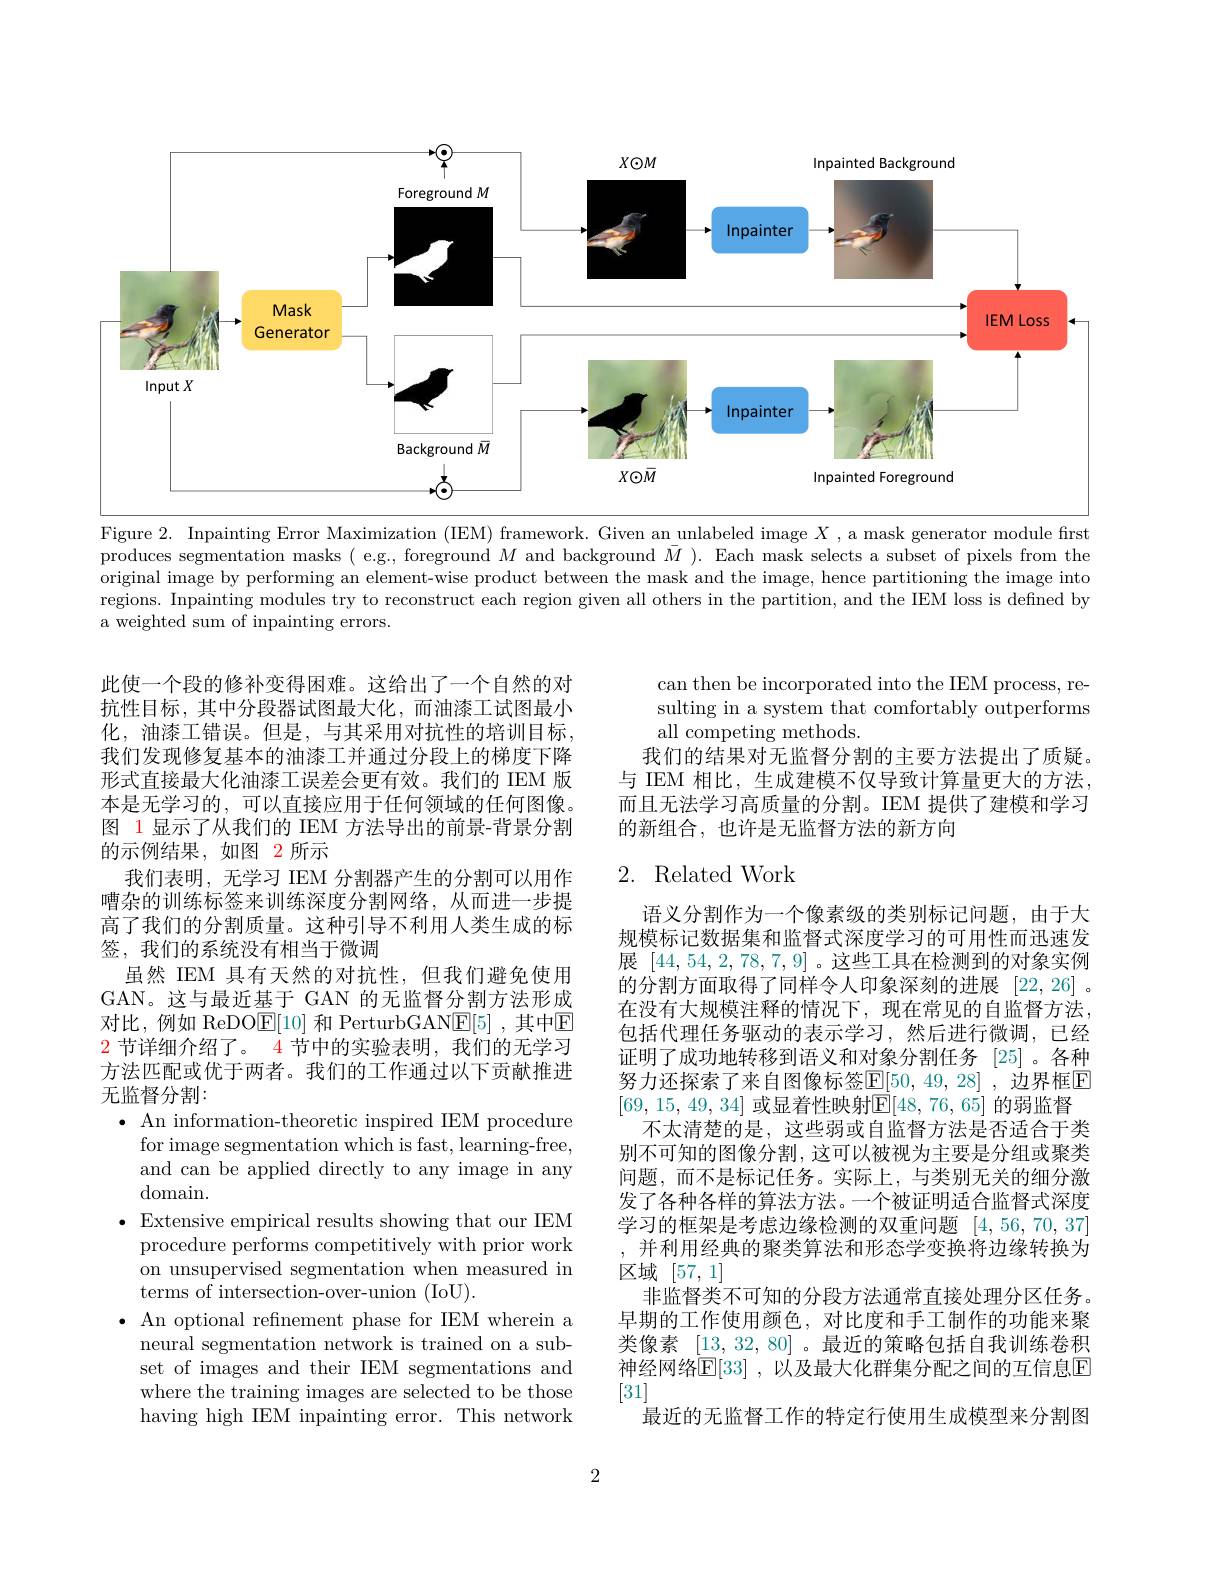
<FigureHere>
Figure 2. Inpainting Error Maximization (IEM) framework. Given an unlabeled image $X$, a mask generator module first

produces segmentation masks ( e.g., foreground $M$ and background $\bar{M}$ ). Each mask selects a subset of pixels from the original image by performing an element-wise product between the mask and the image, hence partitioning the image into regions. Inpainting modules try to reconstruct each region given all others in the partition, and the IEM loss is defined by a weighted sum of inpainting errors.

can then be incorporated into the IEM process, resulting in a system that comfortably outperforms all competing methods.
我们的结果对无监督分割的主要方法提出了质疑。与 IEM 相比，生成建模不仅导致计算量更大的方法， 而且无法学习高质量的分割。IEM 提供了建模和学习的新组合，也许是无监督方法的新方向

## 2. Related Work

此使一个段的修补变得困难。这给出了一个自然的对抗性目标，其中分段器试图最大化，而油漆工试图最小化，油漆工错误。但是，与其采用对抗性的培训目标， 我们发现修复基本的油漆工并通过分段上的梯度下降形式直接最大化油漆工误差会更有效。我们的 IEM 版本是无学习的，可以直接应用于任何领域的任何图像。图 1 显示了从我们的 IEM 方法导出的前景-背景分割的示例结果，如图 2 所示
我们表明，无学习 IEM 分割器产生的分割可以用作嘈杂的训练标签来训练深度分割网络，从而进一步提高了我们的分割质量。这种引导不利用人类生成的标签，我们的系统没有相当于微调
虽然 IEM 具有天然的对抗性，但我们避免使用GAN。这与最近基于 GAN 的无监督分割方法形成对比，例如 ReDO$\underline{\mathrm{E}}[10]$ 和 PerturbGAN$\underline{\mathrm{E}}[5]$ ,其中$\underline{\mathrm{E}}$ $\color{red}{2\text{ 节详细介绍了。4 节中的实验表明，我们的无学习}}$ 方法匹配或优于两者。我们的工作通过以下贡献推进无监督分割：
$\bullet$ An information-theoretic inspired IEM procedure
for image segmentation which is fast, learning-free, and can be applied directly to any image in any domain.
$\bullet$ Extensive empirical results showing that our IEM
procedure performs competitively with prior work on unsupervised segmentation when measured in terms of intersection-over-union (IoU).
$\bullet$ An optional refinement phase for IEM wherein a
neural segmentation network is trained on a subset of images and their IEM segmentations and where the training images are selected to be those having high IEM inpainting error. This network

语义分割作为一个像素级的类别标记问题，由于大规模标记数据集和监督式深度学习的可用性而迅速发展[44,54,2,78,7,9]。这些工具在检测到的对象实例的分割方面取得了同样令人印象深刻的进展 [22,26] 。在没有大规模注释的情况下，现在常见的自监督方法， 包括代理任务驱动的表示学习，然后进行微调，已经证明了成功地转移到语义和对象分割任务[25]。各种努力还探索了来自图像标签$\mathbb{E}[50,49,28]$ ,边界框$\mathbb{E}$ [69,15,49,34] 或显着性映射$\mathbb{E}[48,76,65]$ 的弱监督
不太清楚的是，这些弱或自监督方法是否适合于类别不可知的图像分割，这可以被视为主要是分组或聚类问题，而不是标记任务。实际上，与类别无关的细分激发了各种各样的算法方法。一个被证明适合监督式深度学习的框架是考虑边缘检测的双重问题[4,56,70,37] 并利用经典的聚类算法和形态学变换将边缘转换为区域[57,1]
非监督类不可知的分段方法通常直接处理分区任务。早期的工作使用颜色，对比度和手工制作的功能来聚类像素$[\underline{13},32,80]$ 。最近的策略包括自我训练卷积神经网络$\bar{\mathbb{E}}[33]$ ,以及最大化群集分配之间的互信息$\overline{\mathbb{E}}$ [31]
最近的无监督工作的特定行使用生成模型来分割图

2